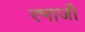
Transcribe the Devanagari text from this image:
रभाजी